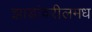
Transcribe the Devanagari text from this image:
झाडांवरीलमध